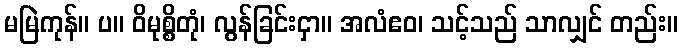
မမြဲကုန်။ ပ။ ဝိမုစ္စိတုံ၊ လွန်ခြင်းငှာ။ အလံဧဝ၊ သင့်သည် သာလျှင် တည်း။